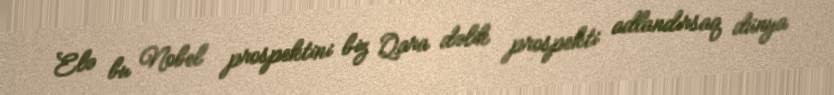
Elə bu Nobel prospektini biz Qara dəlik prospekti adlandırsaq dünya